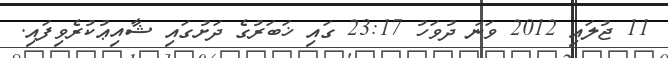
11 ޖުލައި 2012 ވަނަ ދުވަހު 23:17 ގައި ޚަބަރުގެ ދަށުގައި ޝާއިޢުކުރެވިފައި.